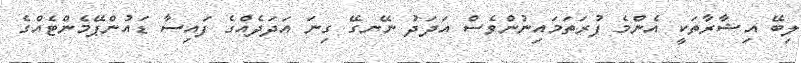
ލިބޭ އިޝާރާތަކީ އެންމެ ފުރަތަމައިނުންވެސް އަދަދު ނޭނގޭ ގިނަ އަދަދެއްގެ ފައިސާ ޑައުންޕޭމެންޓެއްގެ